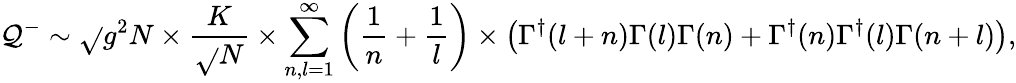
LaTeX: \mathcal{Q}^{-}\sim\sqrt{}{{g^{2}N}}\times\frac{{K}}{{\sqrt{}{{N}}}}\times\sum_{n,l=1}^{\infty}\left(\frac{{1}}{{n}}+\frac{{1}}{{l}}\right)\times\left(\Gamma^{\dagger}(l+n)\Gamma(l)\Gamma(n)+\Gamma^{\dagger}(n)\Gamma^{\dagger}(l)\Gamma(n+l)\right),